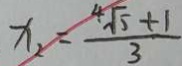
x _ { 2 } = \frac { 4 \sqrt { 5 } + 1 } { 3 }